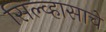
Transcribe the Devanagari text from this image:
सिल्व्हासाचे